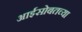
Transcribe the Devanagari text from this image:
आईसोबतच्या